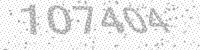
Solution: 107404